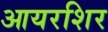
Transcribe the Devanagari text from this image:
आयरशिर